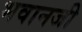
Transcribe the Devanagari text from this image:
भवानजी